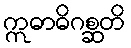
ဣဓာဓိဂစ္ဆတိ